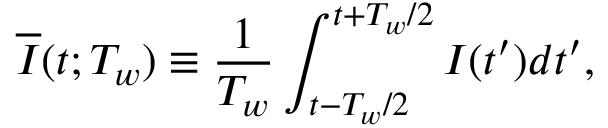
\overline { { I } } ( t ; T _ { w } ) \equiv \frac { 1 } { T _ { w } } \int _ { t - T _ { w } / 2 } ^ { t + T _ { w } / 2 } I ( t ^ { \prime } ) d t ^ { \prime } ,